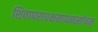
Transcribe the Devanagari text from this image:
शिवापराधक्षमापनस्तोत्रम्